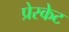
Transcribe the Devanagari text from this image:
प्रेस्केट